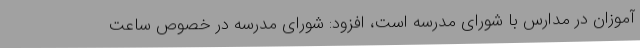
‌آموزان در مدارس با شورای مدرسه است، افزود: شورای مدرسه در خصوص ساعت